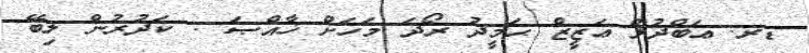
ޑރ. ޢަބްދުލް ޢަޒީޒް ޙަމީދު ރޯދަ މަހަށް ޚާއްޞަ : ކަދުރުން ލިބޭ